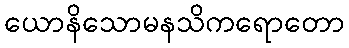
ယောနိသောမနသိကရောတော